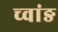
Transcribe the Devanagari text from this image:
च्वांङ